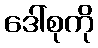
ဒေါ်စုကို